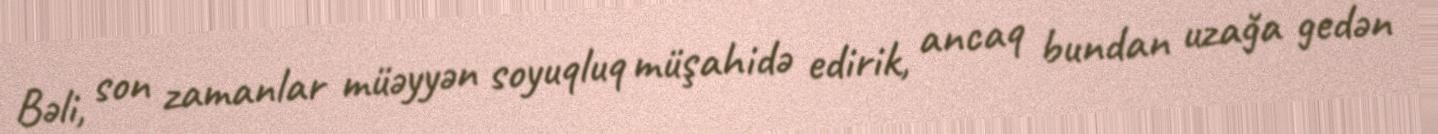
Bəli, son zamanlar müəyyən soyuqluq müşahidə edirik, ancaq bundan uzağa gedən